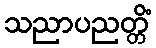
သညာပညတ္တိံ